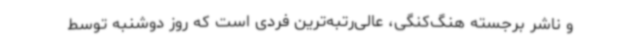
و ناشر برجسته هنگ‌کنگی، عالی‌رتبه‌ترین فردی است که روز دوشنبه توسط